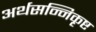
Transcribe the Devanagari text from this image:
अर्थसन्निकृष्ट